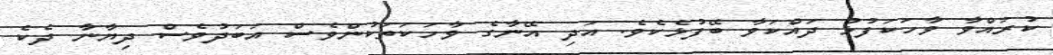
ކުރައްވާ ވާހަކަފުޅު ދައްކަވާ ބޭފުޅެކެވެ. އަދި އޭނާގެ ވާހަކަތަކުންވެސް އަބަދުވެސް ދިޔާނާ ދެކެ